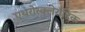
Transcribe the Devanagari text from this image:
एथरोस्क्लेरॉटिक